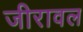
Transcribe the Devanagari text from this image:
जीरावल